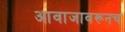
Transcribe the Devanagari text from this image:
आवाजावरूनच